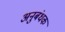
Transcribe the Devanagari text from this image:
अनुबंधक